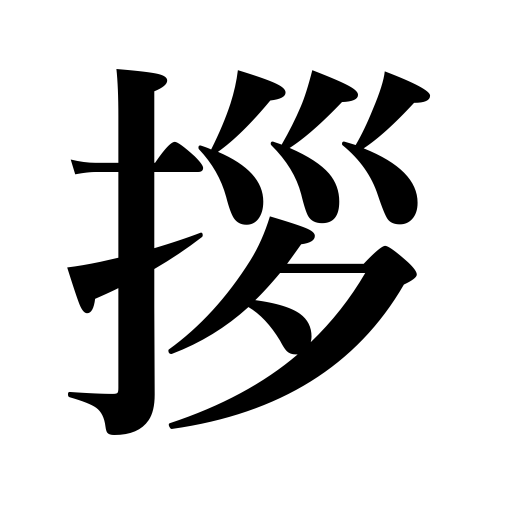
Meanings: be imminent